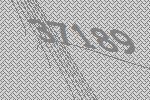
37189